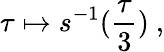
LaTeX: \tau\mapsto s^{-1}(\frac{\tau}{3})\ ,